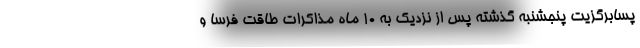
پسابرگزیت پنجشنبه گذشته پس از نزدیک به ۱۰ ماه مذاکرات طاقت فرسا و